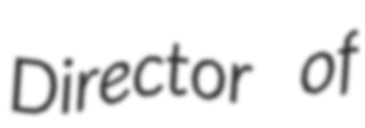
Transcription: Director of